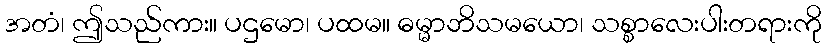
အတံ၊ ဤသည်ကား။ ပဌမော၊ ပထမ။ ဓမ္မာဘိသမယော၊ သစ္စာလေးပါးတရားကို